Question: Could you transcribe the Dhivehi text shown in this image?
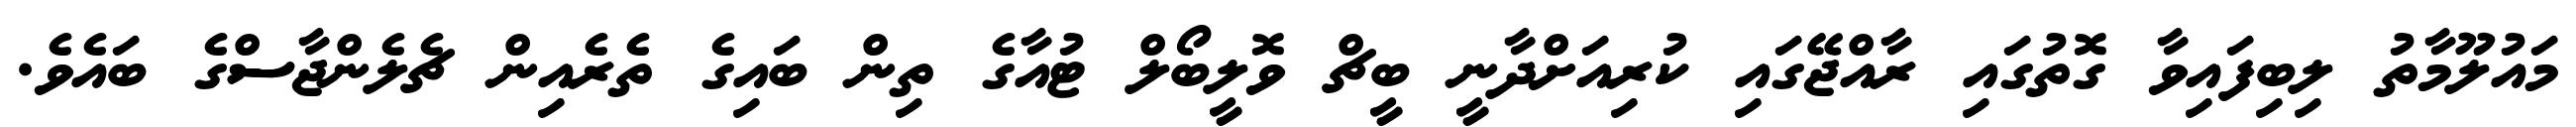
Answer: މައުލޫމާތު ލިބިފައިވާ ގޮތުގައި ރާއްޖޭގައި ކުރިއަށްދާނީ ބީޗް ވޮލީބޯލް ޓުއާގެ ތިން ބައިގެ ތެރެއިން ޗެލެންޖާސްގެ ބައެވެ.